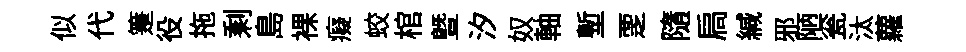
似代箑役拖剩島裸癡蛟棺曁汐奴軸塹覂隨扃緘邪陋瓮汰蘿